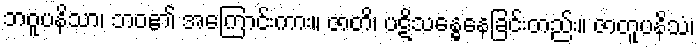
ဘဝူပနိသာ၊ ဘဝ၏ အကြောင်းကား။ ဇာတိ၊ ပဋိသန္ဓေနေခြင်းတည်း။ ဇာတူပနိသံ၊